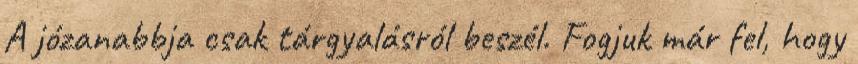
A józanabbja csak tárgyalásról beszél. Fogjuk már fel, hogy